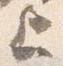
上